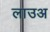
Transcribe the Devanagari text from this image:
लाउअ